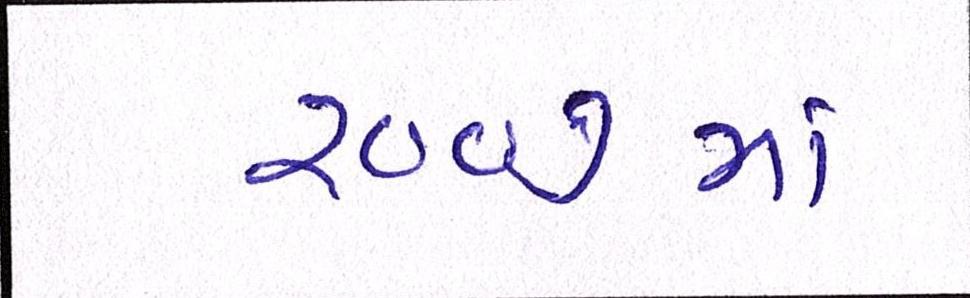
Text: ૨૦૦૭માં